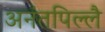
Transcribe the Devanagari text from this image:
अनंतपिल्लै